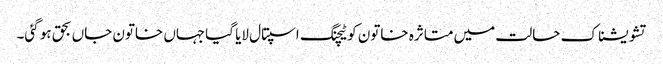
تشویشناک حالت میں متاثرہ خاتون کو ٹیچنگ اسپتال لایا گیاجہاں خاتون جاں بحق ہو گئی۔